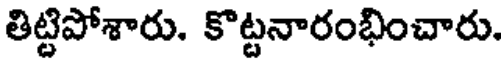
తిట్టిపోశారు. కొట్టనారంభించారు.